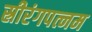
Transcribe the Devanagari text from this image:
स्रीरंगपत्नम